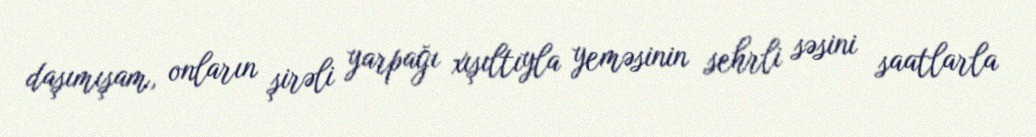
daşımışam, onların şirəli yarpağı xışıltıyla yeməsinin sehrli səsini saatlarla